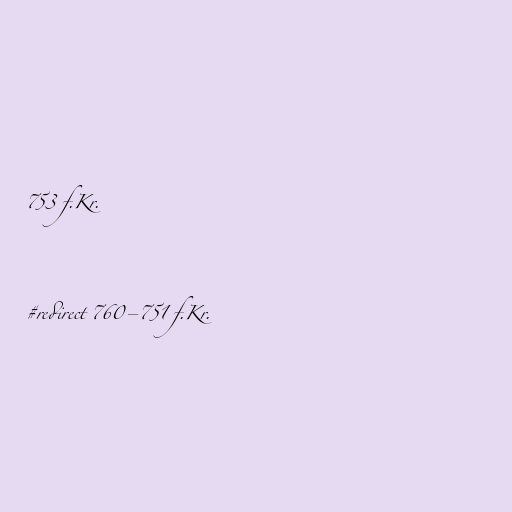
753 f.Kr.

#redirect 760–751 f.Kr.